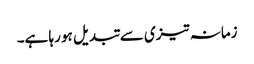
زمانہ تیزی سے تبدیل ہو رہا ہے۔